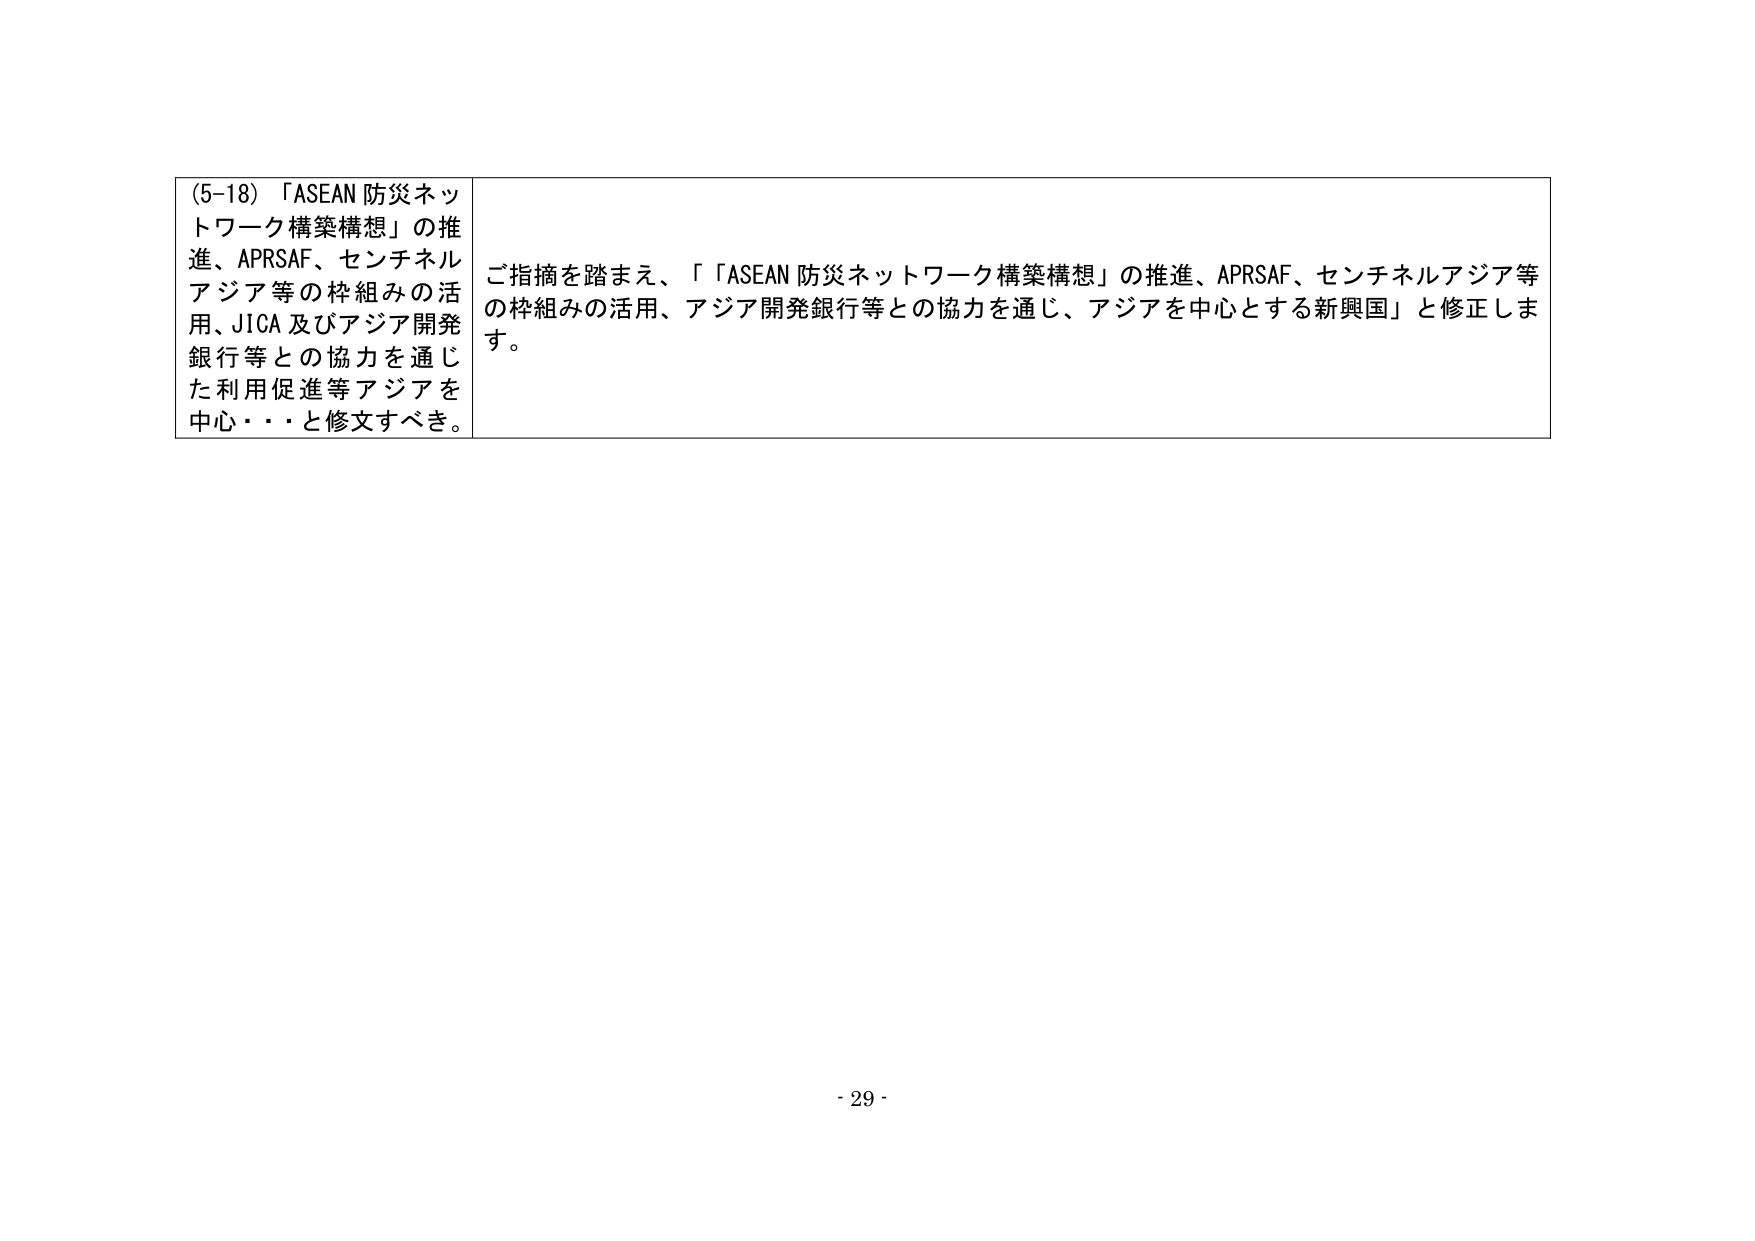
(5-18) 「ASEAN 防災ネットワーク構築構想」の推進、APRSAF、センチネルアジア等の枠組みの活用、JICA 及びアジア開発銀行等との協力を通じた利用促進等アジアを中心・・・と修文すべき。

ご指摘を踏まえ、「「ASEAN 防災ネットワーク構築構想」の推進、APRSAF、センチネルアジア等の枠組みの活用、アジア開発銀行等との協力を通じ、アジアを中心とする新興国」と修正します。

- 29 -